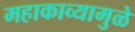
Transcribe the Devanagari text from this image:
महाकाव्यामुळे